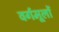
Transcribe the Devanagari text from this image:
वर्गमूलों